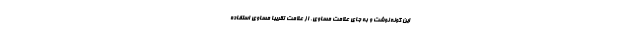
این گونه نوشت و به جای علامت مساوی، از علامت تقریباً مساوی استفاده